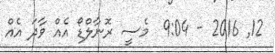
12